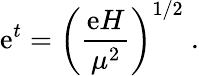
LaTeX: \mathrm{e}^{t}=\left(\frac{{\mathrm{e}H}}{{\mu^{2}}}\right)^{1/2}~.